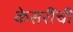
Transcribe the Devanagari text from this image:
केसरींची